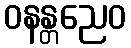
ဝနန္တညေဝ